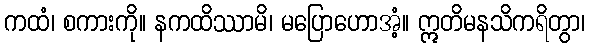
ကထံ၊ စကားကို။ နကထိဿာမိ၊ မပြောဟောအံ့။ ဣတိမနသိကရိတွာ၊